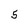
Character: 5